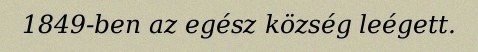
1849-ben az egész község leégett.